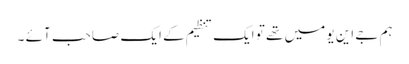
ہم جے این یو میں تھے تو ایک تنظیم کے ایک صاحب آئے ۔